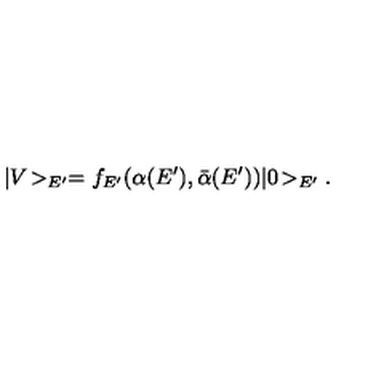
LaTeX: | V \! > _ { E ^ { \prime } } = f _ { E ^ { \prime } } ( \alpha ( E ^ { \prime } ) , \bar { \alpha } ( E ^ { \prime } ) ) | 0 \! > _ { E ^ { \prime } } .